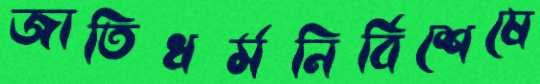
জাতিধর্মনির্বিশেষে